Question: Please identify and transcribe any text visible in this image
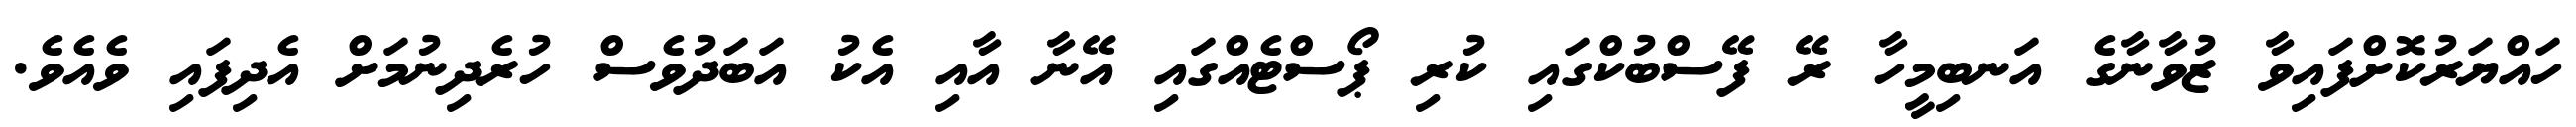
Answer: ހައްޔަރުކޮށްފައިވާ ޒުވާނާގެ އަނބިމީހާ ރޭ ފޭސްބުކްގައި ކުރި ޕޯސްޓެއްގައި އޭނާ އާއި އެކު އަބަދުވެސް ހުރެދިނުމަށް އެދިފައި ވެއެވެ.